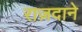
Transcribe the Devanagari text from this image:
राज़दाने